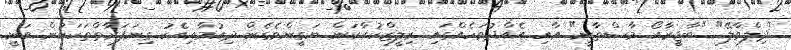
"ދިލްވާލޭ" "ބާޖީރާއޯ މާސްތާނީ" އާއި އެއްދުވަހެއްގައި ރިލީޒްކުރާކަން ޔަގީންވެގެން ދިއުމާއިއެކު ގިނަފަރާތްތަކަކުން ވަނީ